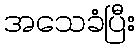
အသေခံပြီး